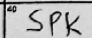
Transcription: SPK